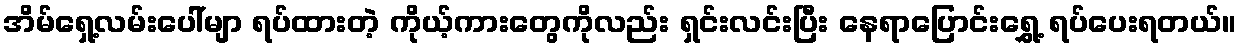
အိမ်ရှေ့လမ်းပေါ်မျာ ရပ်ထားတဲ့ ကိုယ့်ကားတွေကိုလည်း ရှင်းလင်းပြီး နေရာပြောင်းရွှေ့ ရပ်ပေးရတယ်။